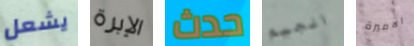
يشعل الإبرة حدث الجيم الاميرة